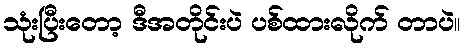
သုံးပြီးတော့ ဒီအတိုင်းပဲ ပစ်ထားလိုက် တာပဲ။